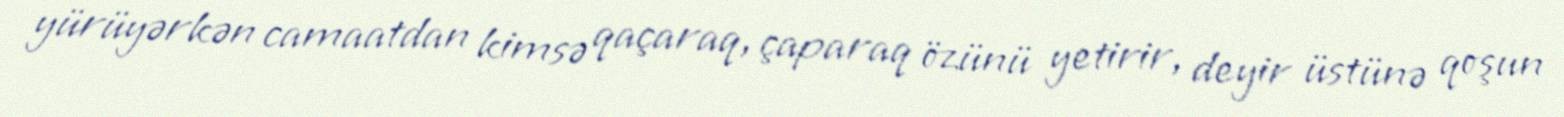
yürüyərkən camaatdan kimsə qaçaraq, çaparaq özünü yetirir, deyir üstünə qoşun